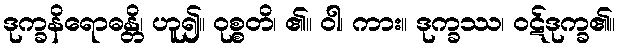
ဒုက္ခနိရောဓန္တိ၊ ဟူ၍။ ဝုစ္စတိ၊ ၏။ ဝါ၊ ကား။ ဒုက္ခဿ၊ ဝဋ်ဒုက္ခ၏။